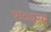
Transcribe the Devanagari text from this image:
पाठ्यस्य